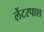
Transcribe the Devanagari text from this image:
लेंटरपाश